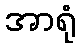
အာရုံ